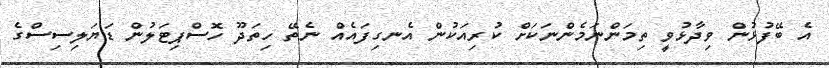
އެ ބޭފުޅުން ވިދާޅުވީ ތިމަންނަމެންނަކަށް ކުރިއަކުން އެނގިފައެއް ނެތޭ ހިތަދޫ ހޮސްޕިޓަލުން ޑަޔަލިސިސްގެ